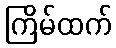
ကြိမ်ထက်